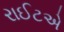
રાઈટએ